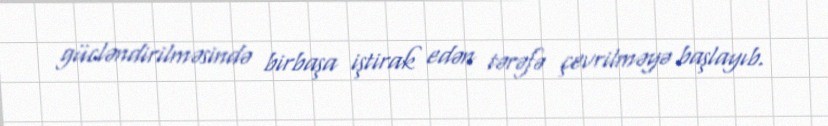
gücləndirilməsində birbaşa iştirak edən tərəfə çevrilməyə başlayıb.